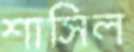
শাসিল